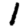
Digit: 1